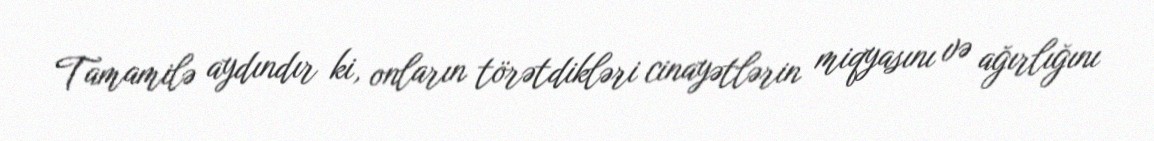
Tamamilə aydındır ki, onların törətdikləri cinayətlərin miqyasını və ağırlığını